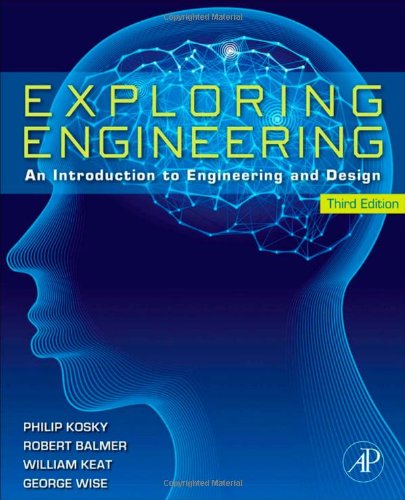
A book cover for Exploring Engineering, Third Edition: An Introduction to Engineering and Design; Philip Kosky; Engineering & Transportation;